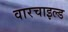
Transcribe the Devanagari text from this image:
वारचाइल्ड